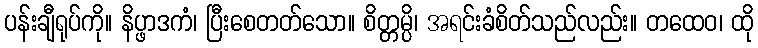
ပန်းချီရုပ်ကို။ နိပ္ဖာဒကံ၊ ပြီးစေတတ်သော။ စိတ္တမ္ပိ၊ အရင်းခံစိတ်သည်လည်း။ တထေဝ၊ ထို